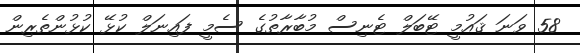
58 ވަނަ ޤައުމީ ޓޭބަލް ޓެނިސް މުބާރާތުގެ ސެމީ ފައިނަލް ކުޅޭ ކުޅުންތެރިން